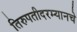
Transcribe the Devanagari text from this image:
तिरुपतीदरम्यानचे